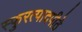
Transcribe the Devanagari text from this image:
स्फुरत्पादपीठे